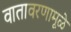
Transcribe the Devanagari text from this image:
वातावरणामूळे